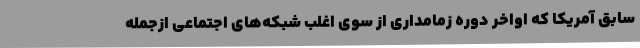
سابق آمریکا که اواخر دوره زمامداری از سوی اغلب شبکه‌های اجتماعی ازجمله